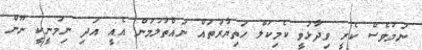
ނަމަވެސް ކެރީ ވިދާޅުވީ ކެމިކަލް ހަތިޔާރުތައް ނައްތާލުމުން އެއީ އަދި ނިމުނީކީ ނޫން